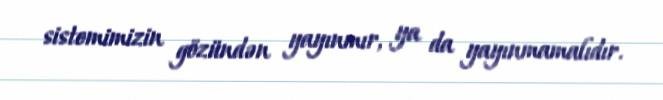
sistemimizin gözündən yayınmır, ya da yayınmamalıdır.